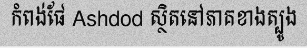
កំពង់ផែ Ashdod ស្ថិតនៅភាគខាងត្បូង